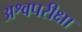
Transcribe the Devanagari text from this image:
अश्वपरीक्षा